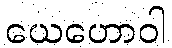
ယေဟောဝါ